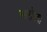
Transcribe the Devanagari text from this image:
आरोगया